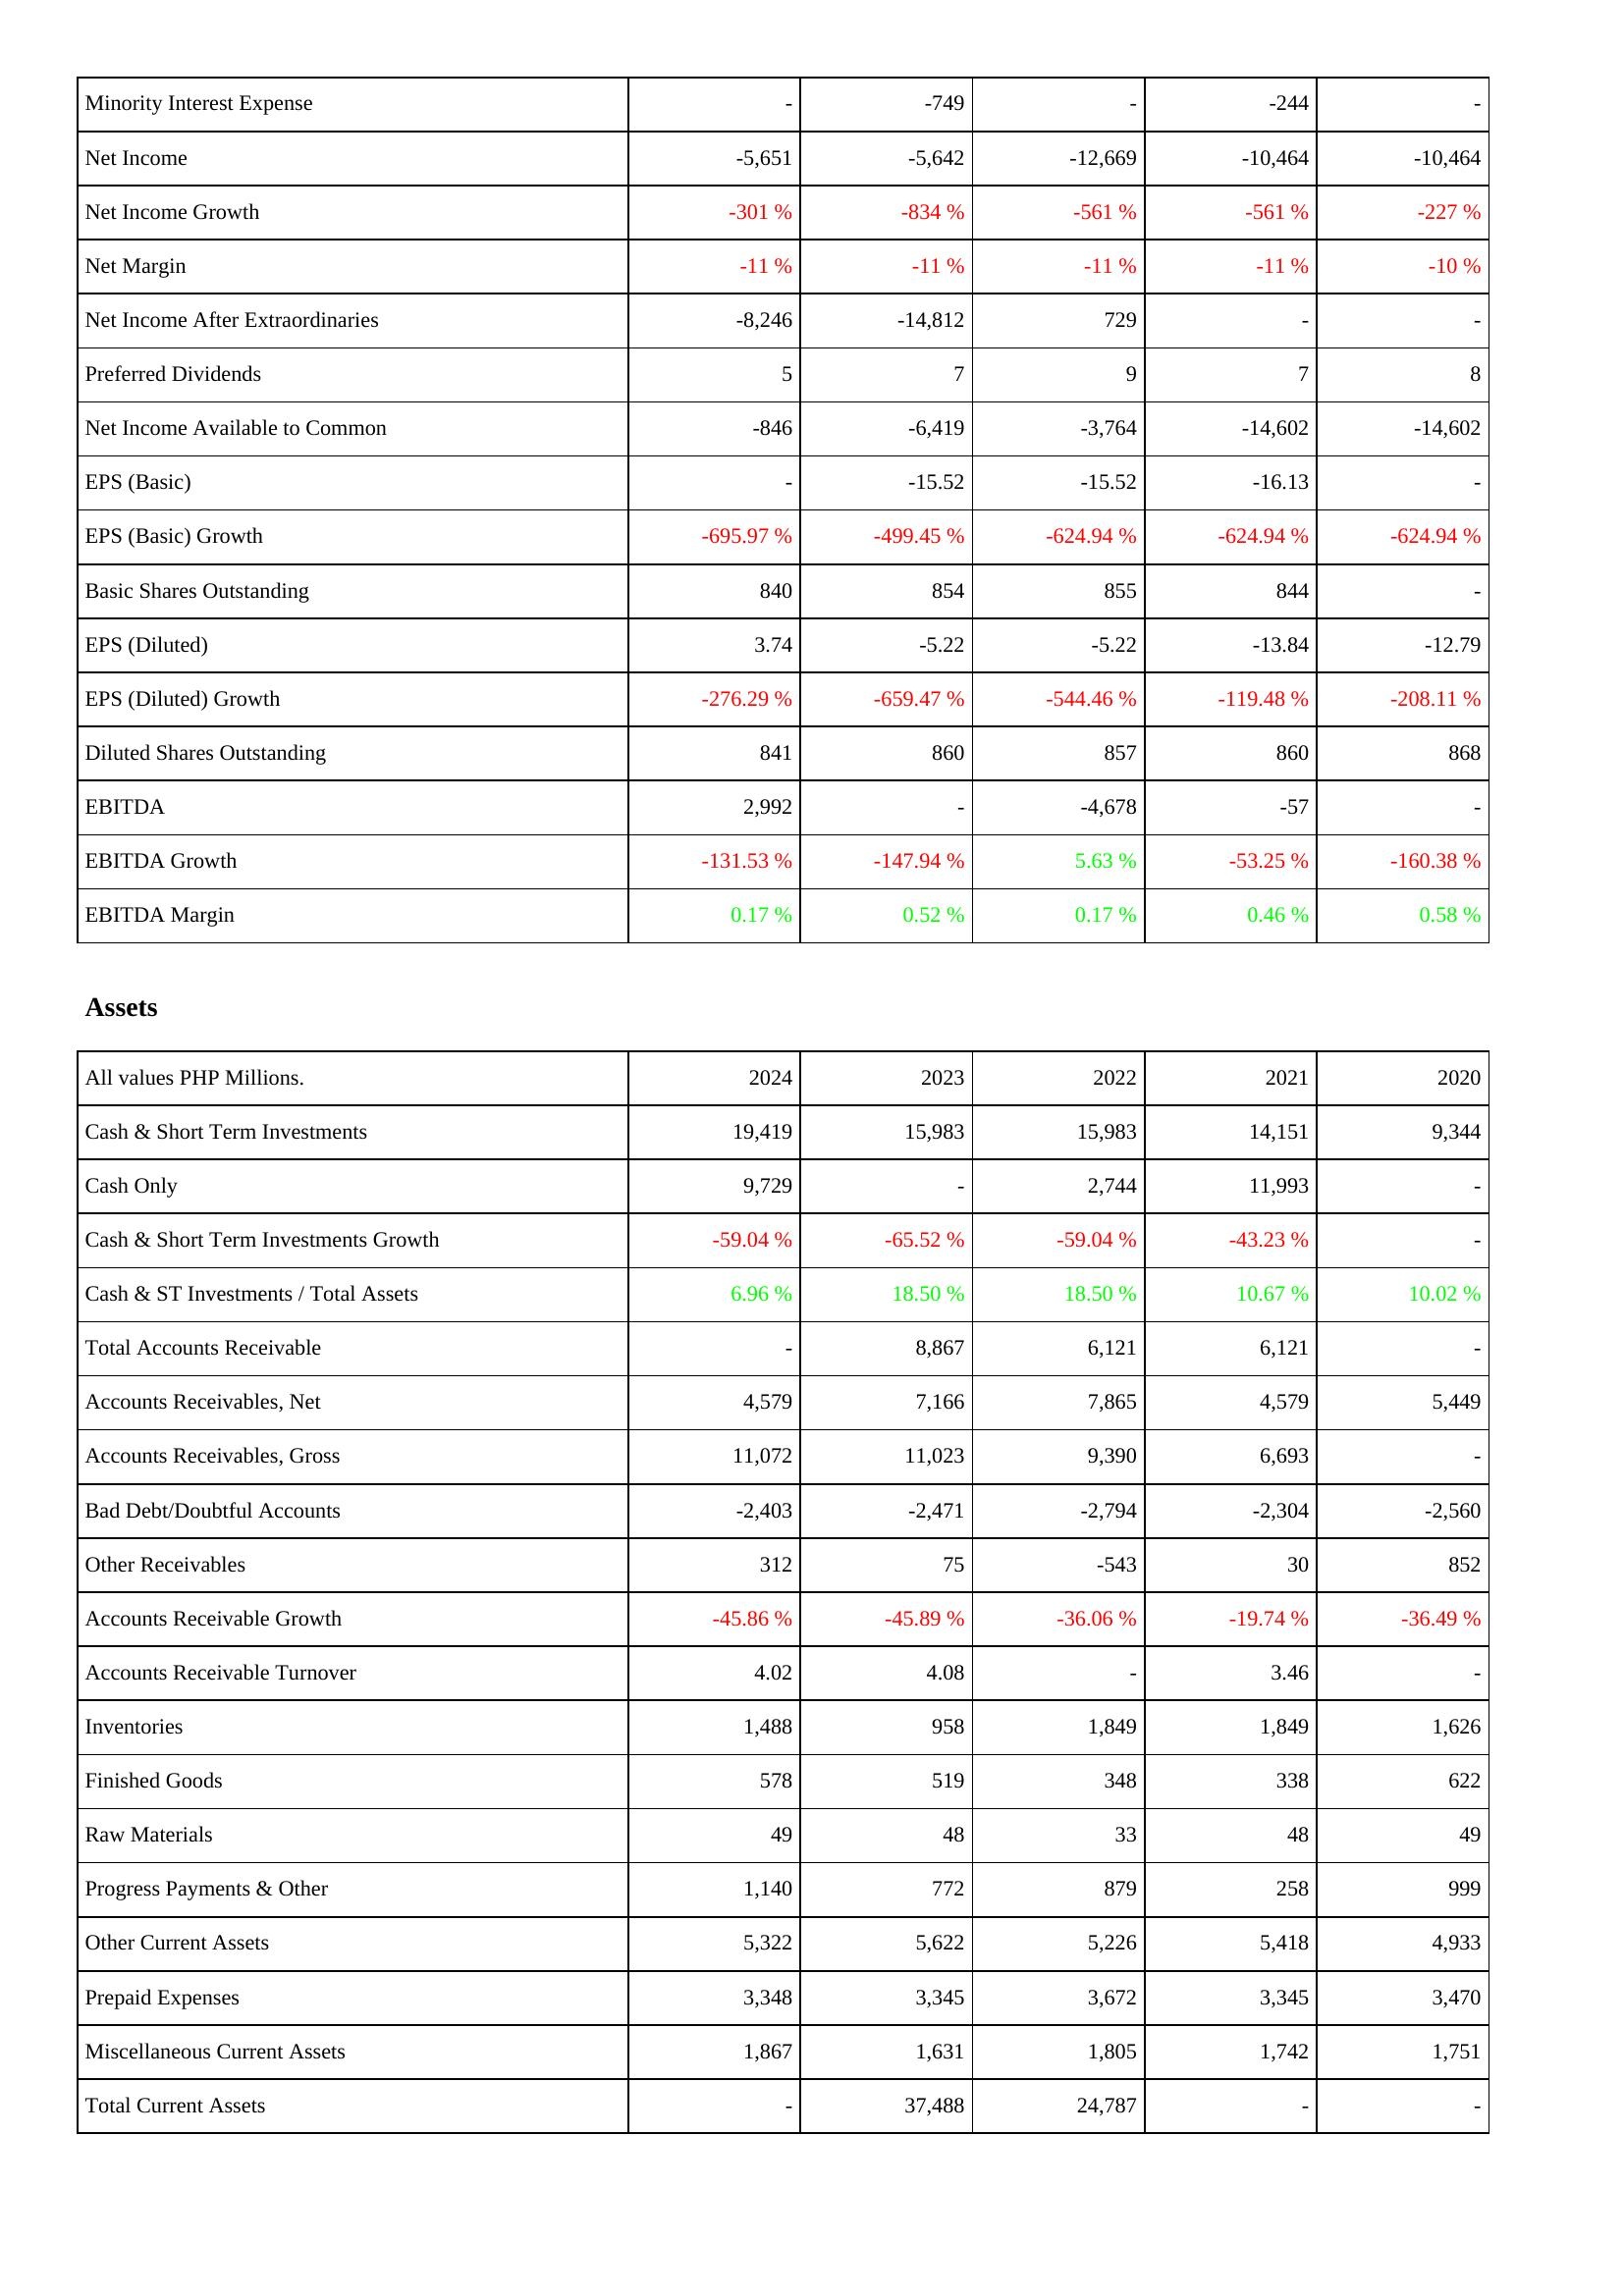
2024: Income Statement: Minority Interest Expense: -
Net Income: -5,651
Net Income Growth: -301 %
Net Margin: -11 %
Net Income After Extraordinaries: -8,246
Preferred Dividends: 5
Net Income Available to Common: -846
EPS (Basic): -
EPS (Basic) Growth: -695.97 %
Basic Shares Outstanding: 840
EPS (Diluted): 3.74
EPS (Diluted) Growth: -276.29 %
Diluted Shares Outstanding: 841
EBITDA: 2,992
EBITDA Growth: -131.53 %
EBITDA Margin: 0.17 %
Assets: Cash & Short Term Investments: 19,419
Cash Only: 9,729
Cash & Short Term Investments Growth: -59.04 %
Cash & ST Investments / Total Assets: 6.96 %
Total Accounts Receivable: -
Accounts Receivables, Net: 4,579
Accounts Receivables, Gross: 11,072
Bad Debt/Doubtful Accounts: -2,403
Other Receivables: 312
Accounts Receivable Growth: -45.86 %
Accounts Receivable Turnover: 4.02
Inventories: 1,488
Finished Goods: 578
Raw Materials: 49
Progress Payments & Other: 1,140
Other Current Assets: 5,322
Prepaid Expenses: 3,348
Miscellaneous Current Assets: 1,867
Total Current Assets: -
2023: Income Statement: Minority Interest Expense: -749
Net Income: -5,642
Net Income Growth: -834 %
Net Margin: -11 %
Net Income After Extraordinaries: -14,812
Preferred Dividends: 7
Net Income Available to Common: -6,419
EPS (Basic): -15.52
EPS (Basic) Growth: -499.45 %
Basic Shares Outstanding: 854
EPS (Diluted): -5.22
EPS (Diluted) Growth: -659.47 %
Diluted Shares Outstanding: 860
EBITDA: -
EBITDA Growth: -147.94 %
EBITDA Margin: 0.52 %
Assets: Cash & Short Term Investments: 15,983
Cash Only: -
Cash & Short Term Investments Growth: -65.52 %
Cash & ST Investments / Total Assets: 18.50 %
Total Accounts Receivable: 8,867
Accounts Receivables, Net: 7,166
Accounts Receivables, Gross: 11,023
Bad Debt/Doubtful Accounts: -2,471
Other Receivables: 75
Accounts Receivable Growth: -45.89 %
Accounts Receivable Turnover: 4.08
Inventories: 958
Finished Goods: 519
Raw Materials: 48
Progress Payments & Other: 772
Other Current Assets: 5,622
Prepaid Expenses: 3,345
Miscellaneous Current Assets: 1,631
Total Current Assets: 37,488
2022: Income Statement: Minority Interest Expense: -
Net Income: -12,669
Net Income Growth: -561 %
Net Margin: -11 %
Net Income After Extraordinaries: 729
Preferred Dividends: 9
Net Income Available to Common: -3,764
EPS (Basic): -15.52
EPS (Basic) Growth: -624.94 %
Basic Shares Outstanding: 855
EPS (Diluted): -5.22
EPS (Diluted) Growth: -544.46 %
Diluted Shares Outstanding: 857
EBITDA: -4,678
EBITDA Growth: 5.63 %
EBITDA Margin: 0.17 %
Assets: Cash & Short Term Investments: 15,983
Cash Only: 2,744
Cash & Short Term Investments Growth: -59.04 %
Cash & ST Investments / Total Assets: 18.50 %
Total Accounts Receivable: 6,121
Accounts Receivables, Net: 7,865
Accounts Receivables, Gross: 9,390
Bad Debt/Doubtful Accounts: -2,794
Other Receivables: -543
Accounts Receivable Growth: -36.06 %
Accounts Receivable Turnover: -
Inventories: 1,849
Finished Goods: 348
Raw Materials: 33
Progress Payments & Other: 879
Other Current Assets: 5,226
Prepaid Expenses: 3,672
Miscellaneous Current Assets: 1,805
Total Current Assets: 24,787
2021: Income Statement: Minority Interest Expense: -244
Net Income: -10,464
Net Income Growth: -561 %
Net Margin: -11 %
Net Income After Extraordinaries: -
Preferred Dividends: 7
Net Income Available to Common: -14,602
EPS (Basic): -16.13
EPS (Basic) Growth: -624.94 %
Basic Shares Outstanding: 844
EPS (Diluted): -13.84
EPS (Diluted) Growth: -119.48 %
Diluted Shares Outstanding: 860
EBITDA: -57
EBITDA Growth: -53.25 %
EBITDA Margin: 0.46 %
Assets: Cash & Short Term Investments: 14,151
Cash Only: 11,993
Cash & Short Term Investments Growth: -43.23 %
Cash & ST Investments / Total Assets: 10.67 %
Total Accounts Receivable: 6,121
Accounts Receivables, Net: 4,579
Accounts Receivables, Gross: 6,693
Bad Debt/Doubtful Accounts: -2,304
Other Receivables: 30
Accounts Receivable Growth: -19.74 %
Accounts Receivable Turnover: 3.46
Inventories: 1,849
Finished Goods: 338
Raw Materials: 48
Progress Payments & Other: 258
Other Current Assets: 5,418
Prepaid Expenses: 3,345
Miscellaneous Current Assets: 1,742
Total Current Assets: -
2020: Income Statement: Minority Interest Expense: -
Net Income: -10,464
Net Income Growth: -227 %
Net Margin: -10 %
Net Income After Extraordinaries: -
Preferred Dividends: 8
Net Income Available to Common: -14,602
EPS (Basic): -
EPS (Basic) Growth: -624.94 %
Basic Shares Outstanding: -
EPS (Diluted): -12.79
EPS (Diluted) Growth: -208.11 %
Diluted Shares Outstanding: 868
EBITDA: -
EBITDA Growth: -160.38 %
EBITDA Margin: 0.58 %
Assets: Cash & Short Term Investments: 9,344
Cash Only: -
Cash & Short Term Investments Growth: -
Cash & ST Investments / Total Assets: 10.02 %
Total Accounts Receivable: -
Accounts Receivables, Net: 5,449
Accounts Receivables, Gross: -
Bad Debt/Doubtful Accounts: -2,560
Other Receivables: 852
Accounts Receivable Growth: -36.49 %
Accounts Receivable Turnover: -
Inventories: 1,626
Finished Goods: 622
Raw Materials: 49
Progress Payments & Other: 999
Other Current Assets: 4,933
Prepaid Expenses: 3,470
Miscellaneous Current Assets: 1,751
Total Current Assets: -